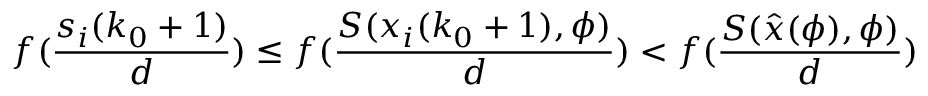
f ( \frac { s _ { i } ( k _ { 0 } + 1 ) } { d } ) \leq f ( \frac { S ( x _ { i } ( k _ { 0 } + 1 ) , \phi ) } { d } ) < f ( \frac { S ( \hat { x } ( \phi ) , \phi ) } { d } )